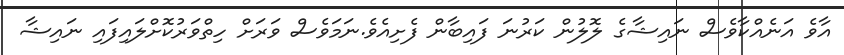
އާވެ އަނެއްކާވެސް ނައިޝާގެ ލޮލުން ކަރުނަ ފައިބާން ފެށިއެވެ.ނަމަވެސް ވަރަށް ހިތްވަރުކޮށްލައިފައި ނައިޝާ